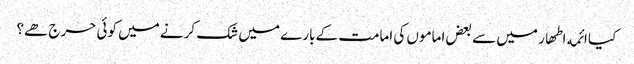
﻿ کیا ائمه اطھار میں سے بعض اماموں کی امامت کے بارے میں شک کرنے میں کوئی حرج ھے؟